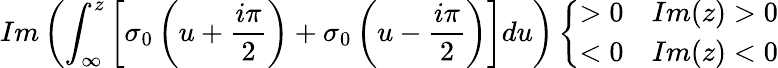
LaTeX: Im\left(\int_{\infty}^{z}\left[\sigma_{0}\left(u+\frac{i\pi}{2}\right)+\sigma_{0}\left(u-\frac{i\pi}{2}\right)\right]du\right)\left\{ \begin{array}{rl}{{>0}}&{{Im(z)>0}}\\ {{<0}}&{{Im(z)<0}}\end{array}\right.